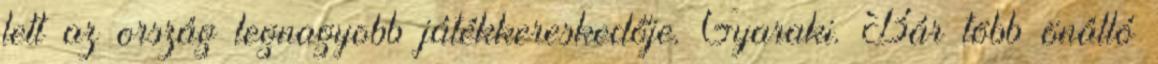
lett az ország legnagyobb játékkereskedője. Gyaraki. Bár több önálló